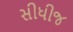
સીધીજ